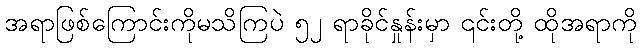
အရာဖြစ်ကြောင်းကိုမသိကြပဲ ၅၂ ရာခိုင်နှုန်းမှာ ၎င်းတို့ ထိုအရာကို